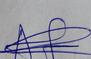
Signature authenticity: genuine